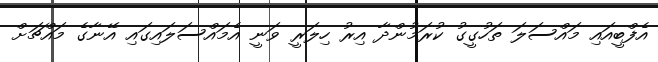
އެފްބީއައި މައްސަލަ ތަހުގީގު ކުރަމުންދާ އިރު ހިލަރީ ވަނީ އެމައްސަލައިގައި އޭނާގެ މައްޗަށް